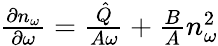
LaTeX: \begin{array}{r}{\frac{\partial n_{\omega}}{\partial\omega}=\frac{\hat{Q}}{A\omega}+\frac{B}{A}n_{\omega}^{2}}\end{array}